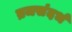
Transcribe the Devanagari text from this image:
ब्रजसंदर्भ